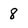
Character: 8